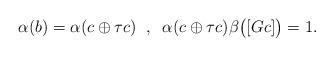
LaTeX: \begin{align*} \alpha( b ) = \alpha( c \oplus \tau c ) \;\;,\;\; \alpha( c \oplus \tau c )\beta \big( [ Gc ] \big) = 1.\end{align*}